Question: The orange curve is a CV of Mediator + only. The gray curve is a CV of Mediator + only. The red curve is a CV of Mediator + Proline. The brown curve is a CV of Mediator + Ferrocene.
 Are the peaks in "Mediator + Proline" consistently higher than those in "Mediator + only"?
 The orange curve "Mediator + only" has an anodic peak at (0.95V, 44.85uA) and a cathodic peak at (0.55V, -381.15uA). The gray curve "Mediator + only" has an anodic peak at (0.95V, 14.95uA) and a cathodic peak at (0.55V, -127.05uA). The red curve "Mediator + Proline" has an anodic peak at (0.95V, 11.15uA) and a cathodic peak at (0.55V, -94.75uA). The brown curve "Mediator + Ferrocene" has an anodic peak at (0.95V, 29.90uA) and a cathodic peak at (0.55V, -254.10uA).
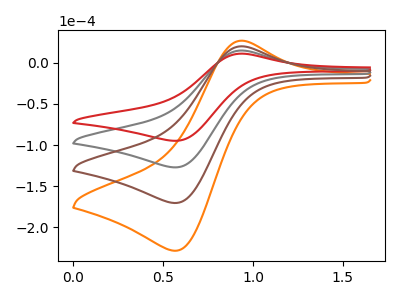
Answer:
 <answer>Every peak in "Mediator + Proline" is lower than every peak in "Mediator + only".</answer>
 <eval>lower</eval>